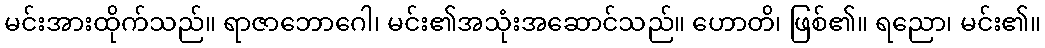
မင်းအားထိုက်သည်။ ရာဇာဘောဂေါ၊ မင်း၏အသုံးအဆောင်သည်။ ဟောတိ၊ ဖြစ်၏။ ရညော၊ မင်း၏။